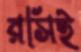
রসিই